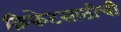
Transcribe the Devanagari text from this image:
क्रिकेटसाठीची